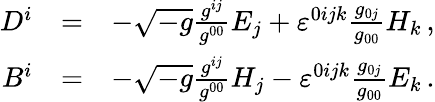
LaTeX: \begin{array}{rlr}{D^{i}}&{=}&{-\sqrt{-g}\frac{g^{ij}}{g^{00}}E_{j}+\varepsilon^{0ijk}\frac{g_{0j}}{g_{00}}H_{k}\, ,}\\ {B^{i}}&{=}&{-\sqrt{-g}\frac{g^{ij}}{g^{00}}H_{j}-\varepsilon^{0ijk}\frac{g_{0j}}{g_{00}}E_{k}\, .}\end{array}